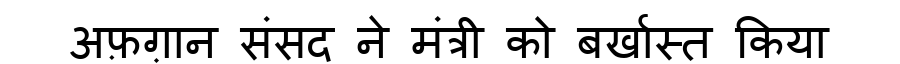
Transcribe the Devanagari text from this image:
अफ़ग़ान संसद ने मंत्री को बर्खास्त किया